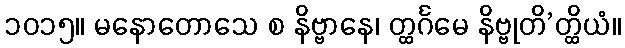
၁၀၁၅။ မနောတောသေ စ နိဗ္ဗာနေ၊ တ္ထင်္ဂမေ နိဗ္ဗုတိ’တ္ထိယံ။